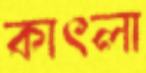
কাৎলা